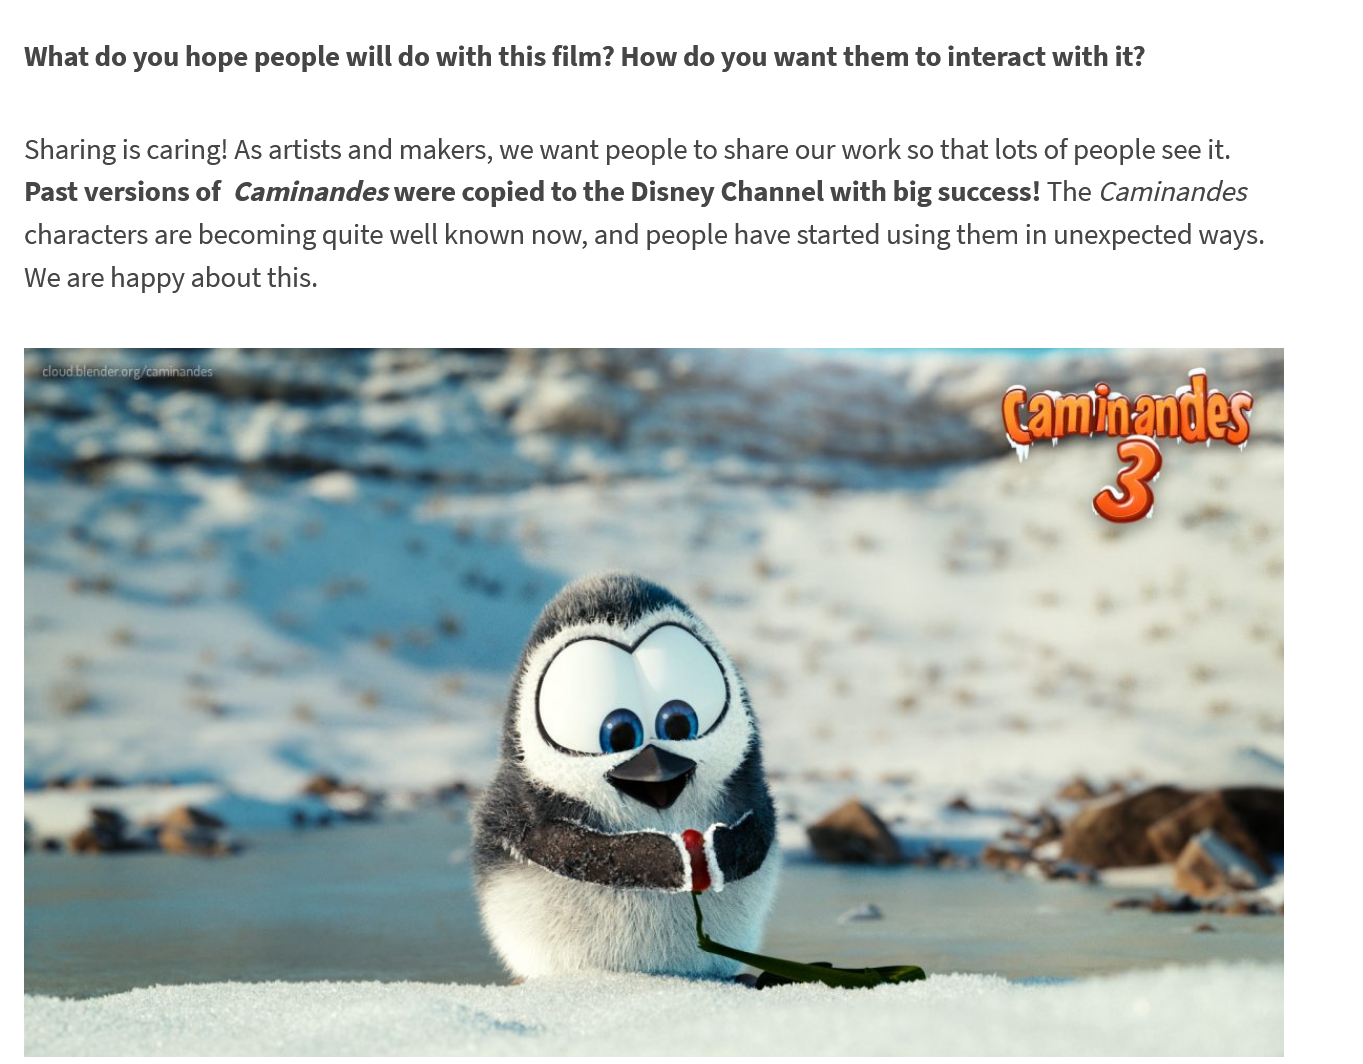
What do you hope people will do with this film? How do you want them to interact with it?
  Sharing is caring! As artists and makers, we want people to share our work so that lots of people see it.
  Past versions of Caminandes were copied to the Disney Channel with big success! The Caminandes
  characters are becoming quite well known now, and people have started using them in unexpected ways.
  We are happy about this.